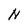
Character: N